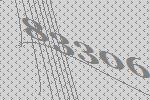
83306